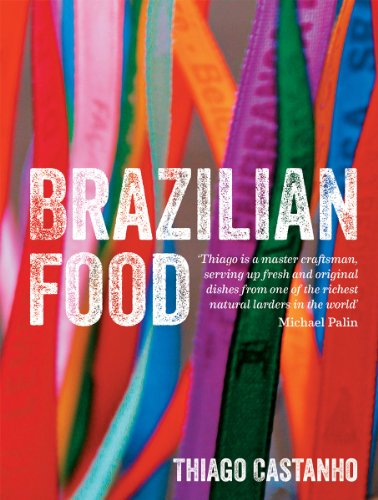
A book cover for Brazilian Food; Thiago Castanho; Cookbooks, Food & Wine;